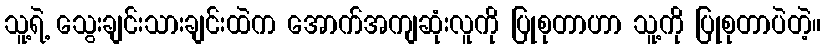
သူ့ရဲ့ သွေးချင်းသားချင်းထဲက အောက်အကျဆုံးလူကို ပြုစုတာဟာ သူ့ကို ပြုစုတာပဲတဲ့။